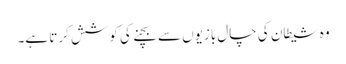
وہ شیطان کی چال بازیوں سے بچنے کی کوشش کرتا ہے۔